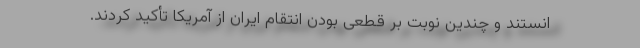
انستند و چندین نوبت بر قطعی بودن انتقام ایران از آمریکا تأکید کردند.